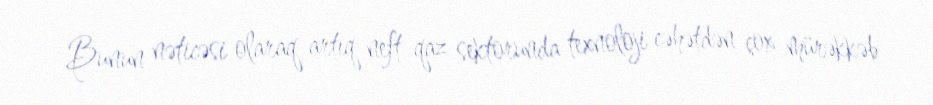
Bunun nəticəsi olaraq artıq neft-qaz sektorunda texnoloji cəhətdən çox mürəkkəb